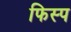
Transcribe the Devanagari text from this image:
फिस्प